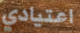
اعتيادي